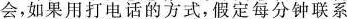
会，如果用打电话的方式，假定每分钟联系